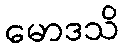
မောဒသိ